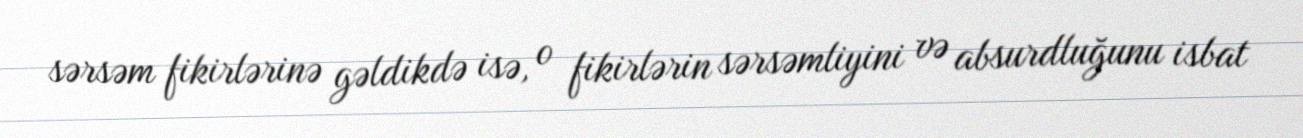
sərsəm fikirlərinə gəldikdə isə, o fikirlərin sərsəmliyini və absurdluğunu isbat